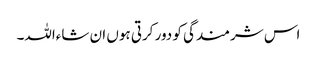
اس شرمندگی کو دور کرتی ہوں ان شاءاللہ۔